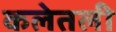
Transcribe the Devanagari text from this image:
कलेतली